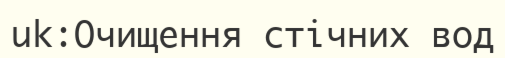
uk:Очищення стічних вод